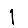
Digit: 1